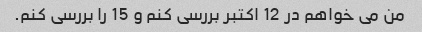
من می خواهم در 12 اکتبر بررسی کنم و 15 را بررسی کنم.